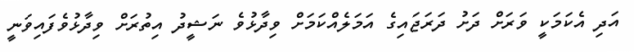
އަދި އެކަމަކީ ވަރަށް ދަށު ދަރަޖައިގެ އަމަލެއްކަމަށް ވިދާޅުވެ ނަޝީދު އިތުރަށް ވިދާޅުވެފައިވަނީ